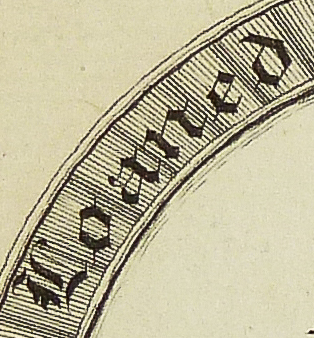
Loaned